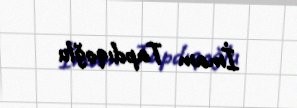
İmam Tapdıqoğlu